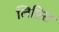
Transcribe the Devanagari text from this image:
लिप्टिस